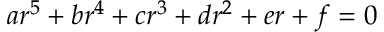
a r ^ { 5 } + b r ^ { 4 } + c r ^ { 3 } + d r ^ { 2 } + e r + f = 0